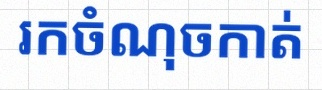
រកចំណុចកាត់